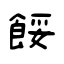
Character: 餒